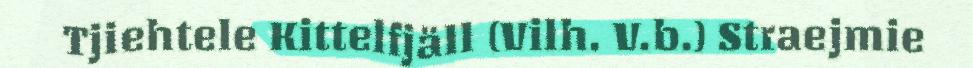
Tjiehtele Kittelfjäll (Vilh. V.b.) Straejmie